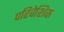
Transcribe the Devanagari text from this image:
परिवेशिक